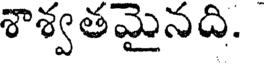
శాశ్వతమైనది.